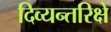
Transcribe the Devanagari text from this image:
दिव्यन्तरिक्षे